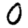
Digit: 0